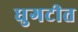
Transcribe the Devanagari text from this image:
धुगटीत